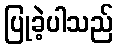
ပြုခဲ့ပါသည်